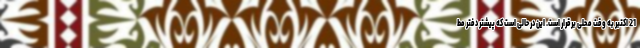
21 اکتبر به وقت محلی برقرار است. این در حالی است که پیشتر دفتر مط